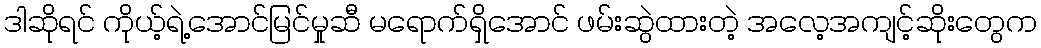
ဒါဆိုရင် ကိုယ့်ရဲ့အောင်မြင်မှုဆီ မရောက်ရှိအောင် ဖမ်းဆွဲထားတဲ့ အလေ့အကျင့်ဆိုးတွေက